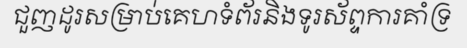
ជួញដូរសម្រាប់គេហទំព័រនិងទូរស័ព្ទការគាំទ្រ